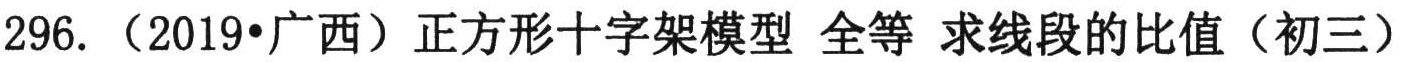
296.（2019•广西）正方形十字架模型 全等 求线段的比值（初三）